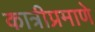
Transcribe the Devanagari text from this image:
कात्रीप्रमाणे